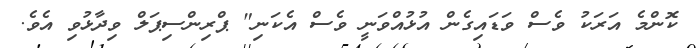
ކޮންމެ އަރަކު ވެސް ވަޑައިގެން އުޅުއްވަނީ ވެސް އެކަނި" ޕްރިންސިޕަލް ވިދާޅުވި އެވެ.